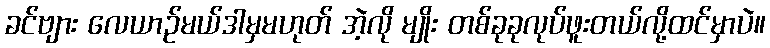
ခင်ဗျား လေယာဉ်မယ်ဒါမှမဟုတ် အဲ့လို မျိုး တစ်ခုခုလုပ်ဖူးတယ်လို့ထင်မှာပဲ။